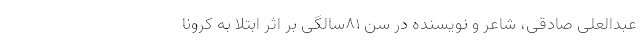
عبدالعلی صادقی، شاعر و نویسنده در سن ۸۱سالگی بر اثر ابتلا به کرونا